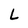
Character: L